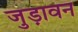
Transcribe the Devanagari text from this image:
जुड़ावन